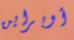
أوبراين